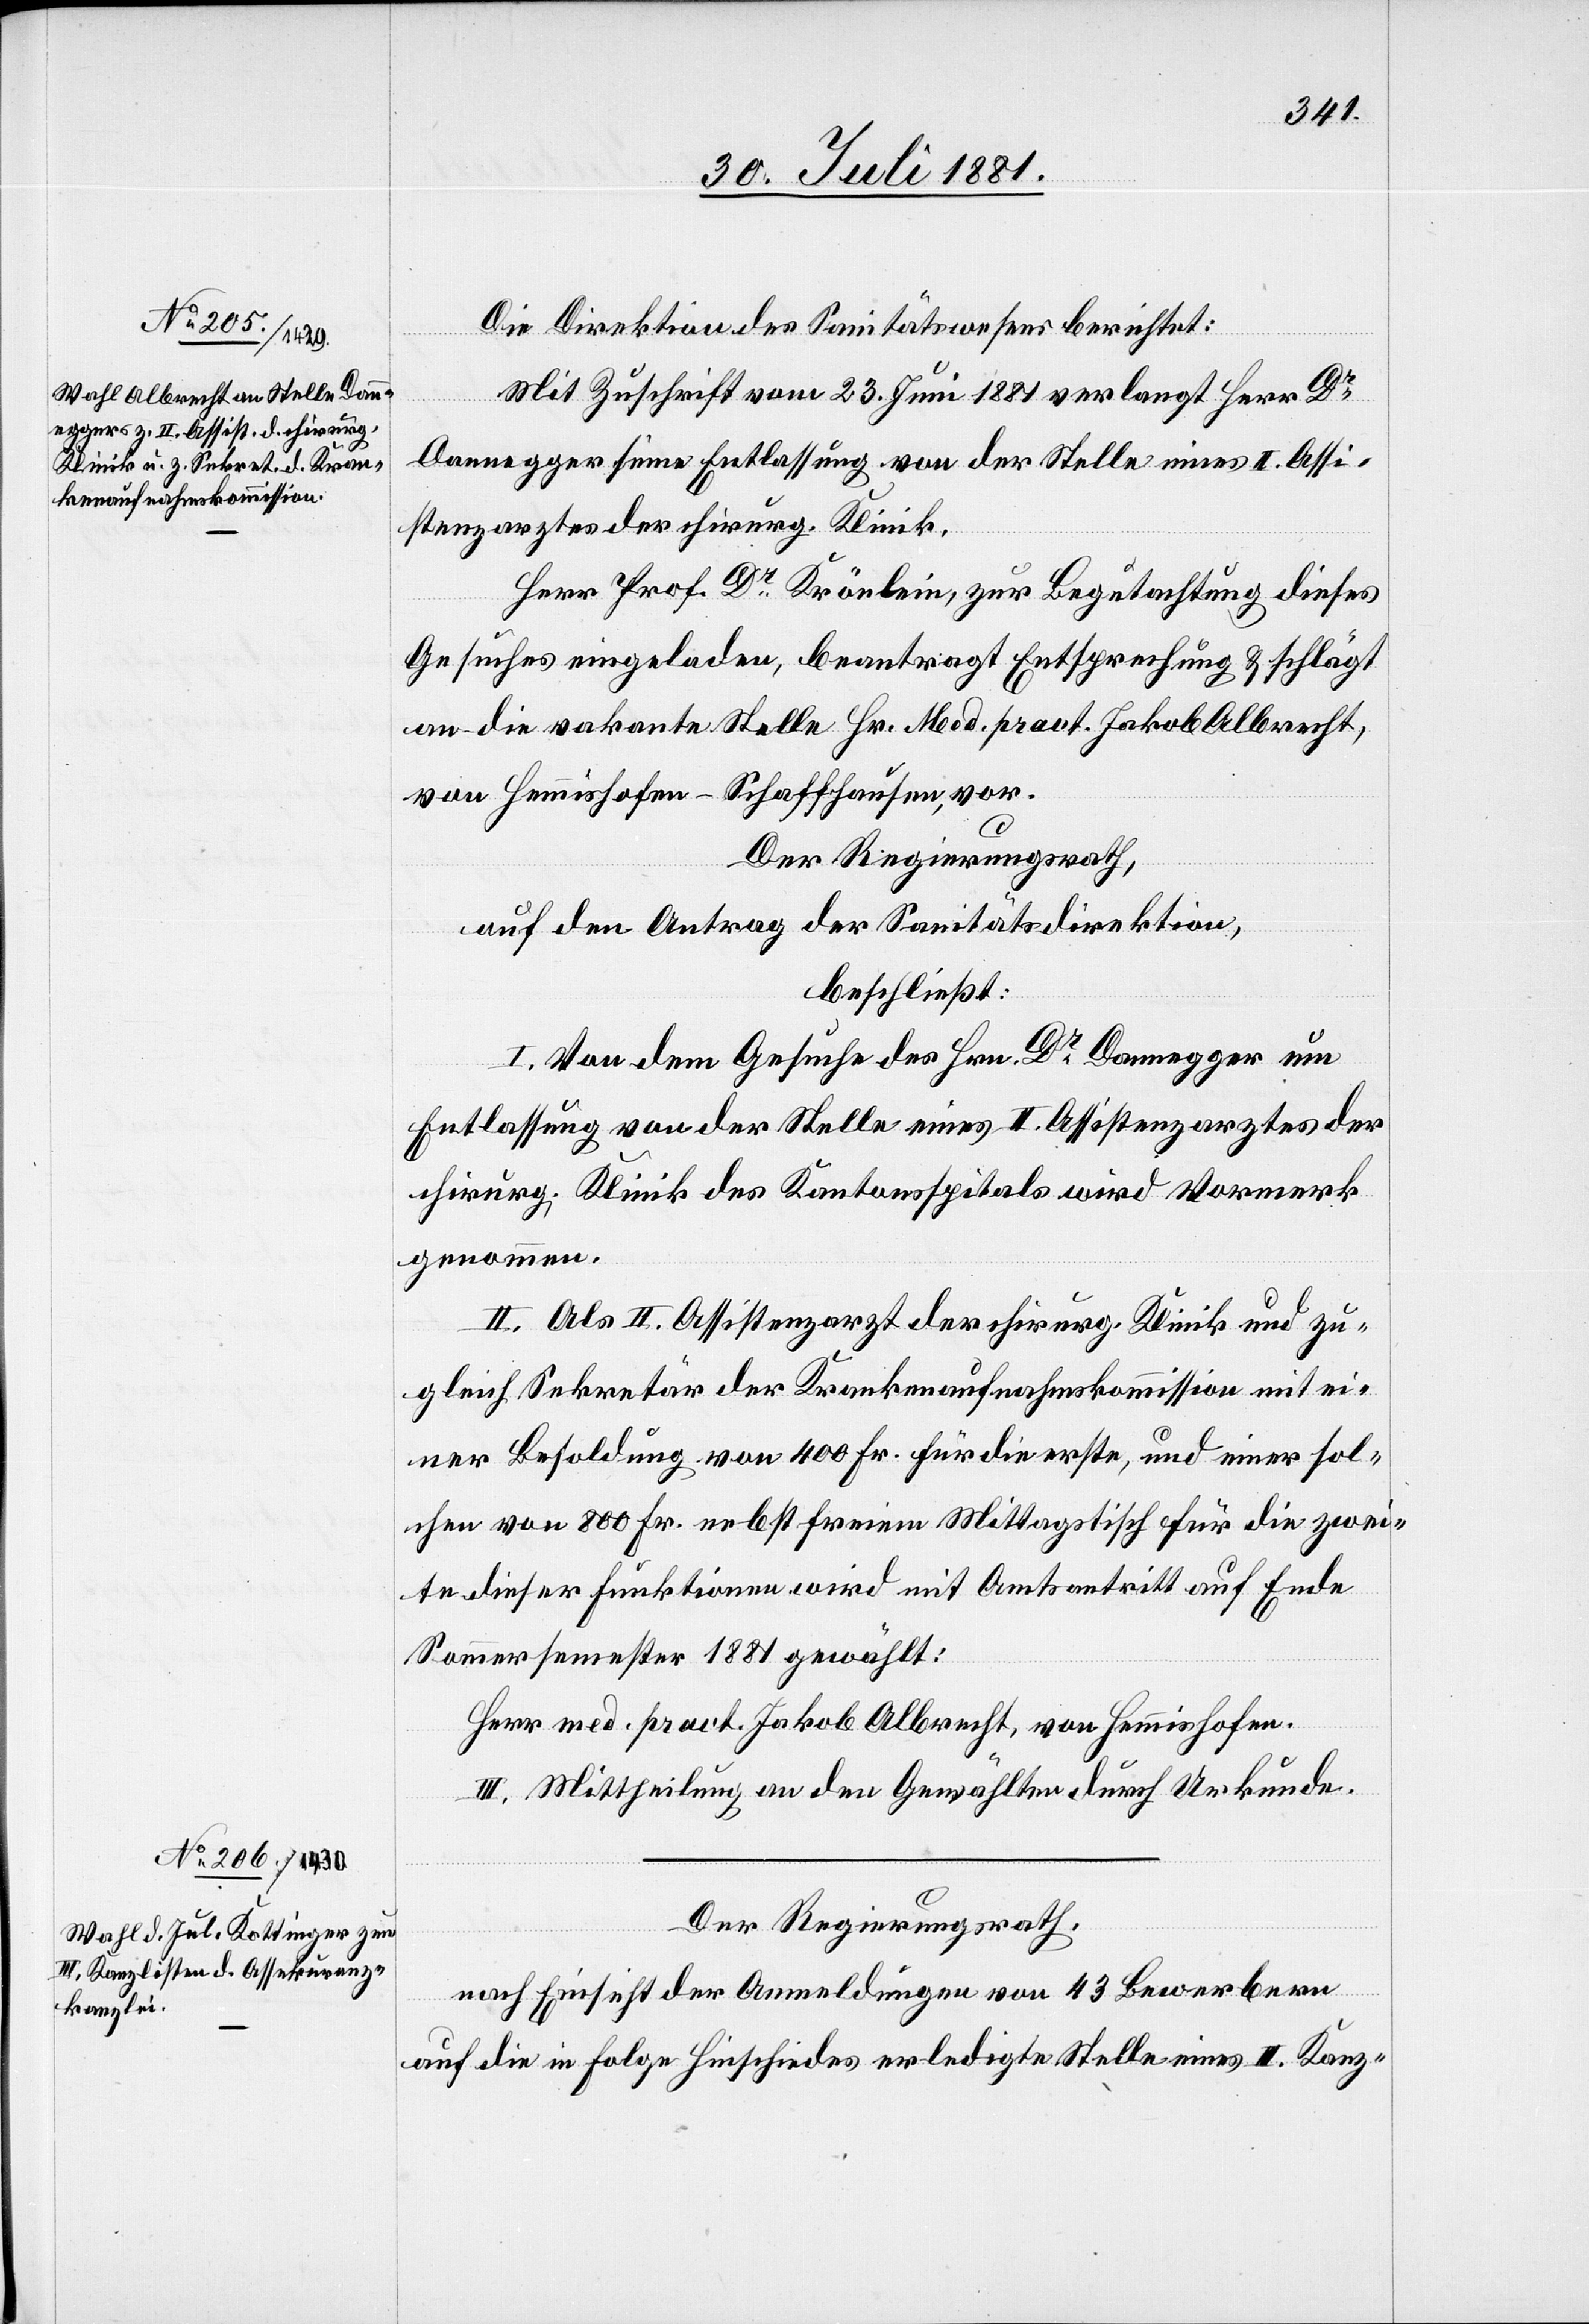
Die Direktion des Sanitätswesens berichtet:
Mit Zuschrift vom 23. Juni 1881 verlangt Herr Dr
Dannegger seine Entlassung von der Stelle eines II. Assi¬
stenzarztes der chirurg. Klinik.
Herr Prof. Dr Krönlein, zur Begutachtung dieses
Gesuches eingeladen, beantragt Entsprechung & schlägt
an die vakante Stelle Hr. Med. pract. Jakob Albrecht,
von Hemmishofen - Schaffhausen, vor.
Der Regierungsrath.
auf den Antrag der Sanitätsdirektion,
beschließt:
I. Von dem Gesuche des Hrn. Dr Dannegger um
Entlassung von der Stelle eines II. Assistenzarztes der
chirurg. Klinik des Kantonsspitals wird Vormerk
genommen.
II. Als II. Assistenzarzt der chirurg. Klinik und zu¬
gleich Sekretär der Krankenaufnahmskommission mit ei¬
ner Besoldung von 400 Fr. für die erste, und einer sol¬
chen von 800 Fr. nebst freiem Mittagstisch für die zwei¬
te dieser Funktionen wird mit Amtsantritt auf Ende
Sommersemester 1881 gewählt:
Herr med. pract. Jakob Albrecht, von Hemmishofen.
III. Mittheilung an den Gewählten durch Urkunde.
Der Regierungsrath,
nach Einsicht der Anmeldungen von 43 Bewerbern
auf die in Folge Hinschiedes erledigte Stelle eines III. Kanz-